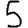
Digit: 5